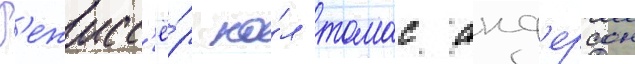
Р'ежисс'ё́р по́л томас анд'ерсон